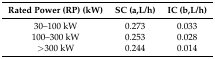
| Rated Power (RP) (kW) | SC (a,L/h) | IC (b,L/h) |
 | --- | --- | --- |
 | 30–100 kW | 0.273 | 0.033 |
 | 100–300 kW | 0.253 | 0.028 |
 | >300 kW | 0.244 | 0.014 |